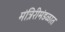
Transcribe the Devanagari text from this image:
मंत्रिरीमंडळात